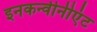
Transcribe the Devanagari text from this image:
इनकन्वीनीएंट